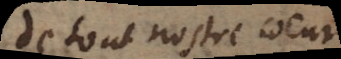
de tout nostre coeur